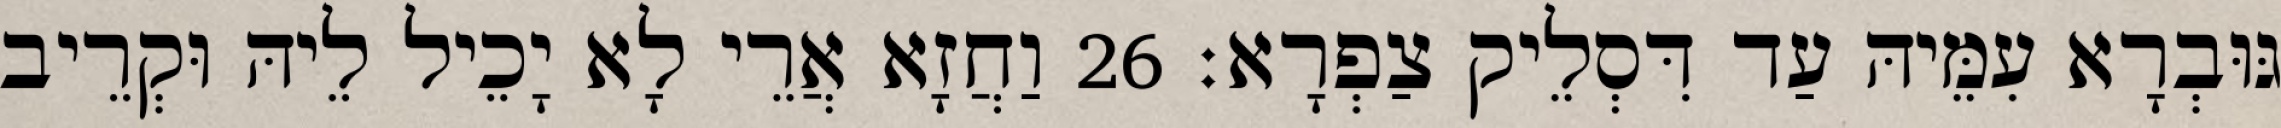
גּוּבְרָא עִמֵּיהּ עַד דִּסְלֵיק צַפְרָא׃ 26 וַחֲזָא אֲרֵי לָא יָכֵיל לֵיהּ וּקְרֵיב